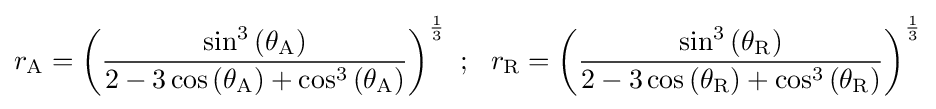
r_{\mathrm {A} }=\left({\frac {\sin ^{3}\left(\theta _{\mathrm {A} }\right)}{2-3\cos \left(\theta _{\mathrm {A} }\right)+\cos ^{3}\left(\theta _{\mathrm {A} }\right)}}\right)^{\frac {1}{3}}~;~~r_{\mathrm {R} }=\left({\frac {\sin ^{3}\left(\theta _{\mathrm {R} }\right)}{2-3\cos \left(\theta _{\mathrm {R} }\right)+\cos ^{3}\left(\theta _{\mathrm {R} }\right)}}\right)^{\frac {1}{3}}